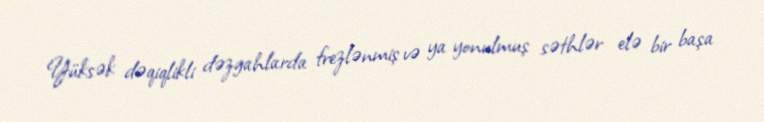
Yüksək dəqiqlikli dəzgahlarda frezlənmiş və ya yonulmuş səthlər elə bir başa